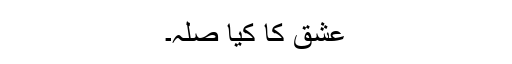
عشق کا کیا صلہ۔